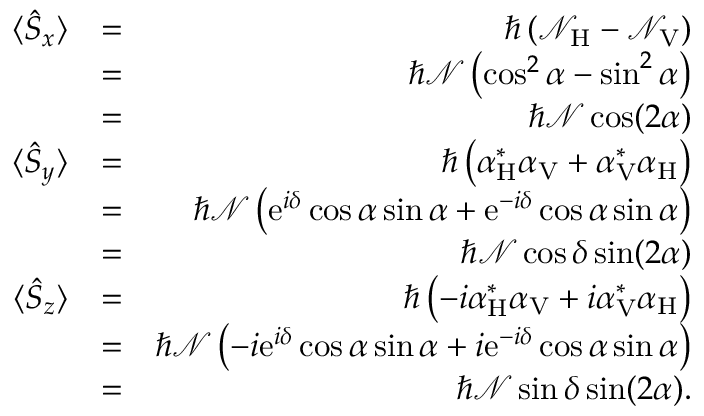
\begin{array} { r l r } { \langle \hat { S } _ { x } \rangle } & { = } & { \hbar \left( { \mathcal N } _ { \mathrm { H } } - { \mathcal N } _ { \mathrm { V } } \right) } \\ & { = } & { \hbar { \mathcal N } \left( \cos ^ { 2 } \alpha - \sin ^ { 2 } \alpha \right) } \\ & { = } & { \hbar { \mathcal N } \cos ( 2 \alpha ) } \\ { \langle \hat { S } _ { y } \rangle } & { = } & { \hbar \left( { \alpha } _ { \mathrm { H } } ^ { * } { \alpha } _ { \mathrm { V } } + { \alpha } _ { \mathrm { V } } ^ { * } { \alpha } _ { \mathrm { H } } \right) } \\ & { = } & { \hbar { \mathcal N } \left( \mathrm { e } ^ { i \delta } \cos \alpha \sin \alpha + \mathrm { e } ^ { - i \delta } \cos \alpha \sin \alpha \right) } \\ & { = } & { \hbar { \mathcal N } \cos { \delta } \sin ( 2 \alpha ) } \\ { \langle \hat { S } _ { z } \rangle } & { = } & { \hbar \left( - i { \alpha } _ { \mathrm { H } } ^ { * } { \alpha } _ { \mathrm { V } } + i { \alpha } _ { \mathrm { V } } ^ { * } { \alpha } _ { \mathrm { H } } \right) } \\ & { = } & { \hbar { \mathcal N } \left( - i \mathrm { e } ^ { i \delta } \cos \alpha \sin \alpha + i \mathrm { e } ^ { - i \delta } \cos \alpha \sin \alpha \right) } \\ & { = } & { \hbar { \mathcal N } \sin { \delta } \sin ( 2 \alpha ) . } \end{array}